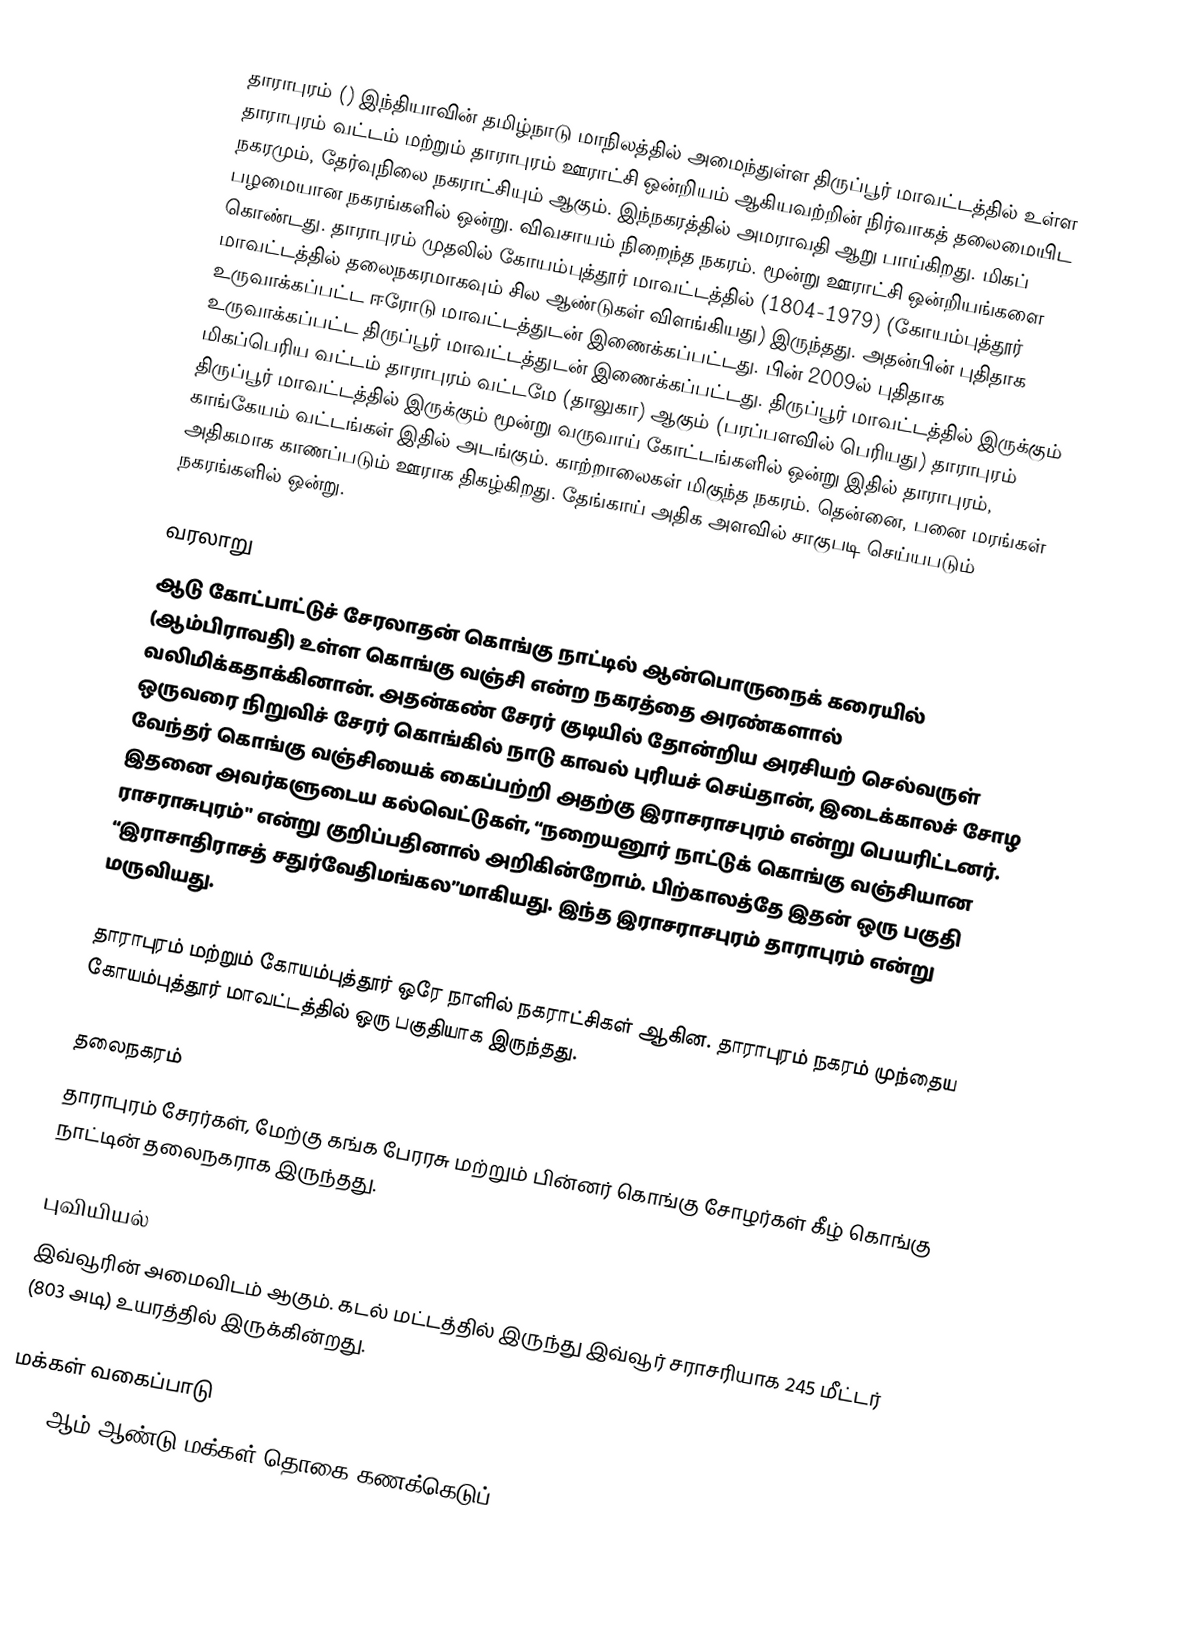
தாராபுரம் () இந்தியாவின் தமிழ்நாடு மாநிலத்தில் அமைந்துள்ள திருப்பூர் மாவட்டத்தில் உள்ள தாராபுரம் வட்டம் மற்றும் தாராபுரம் ஊராட்சி ஒன்றியம் ஆகியவற்றின் நிர்வாகத் தலைமையிட நகரமும், தேர்வுநிலை நகராட்சியும் ஆகும். இந்நகரத்தில் அமராவதி ஆறு பாய்கிறது. மிகப் பழமையான நகரங்களில் ஒன்று. விவசாயம் நிறைந்த நகரம். மூன்று ஊராட்சி ஒன்றியங்களை கொண்டது. தாராபுரம் முதலில் கோயம்புத்தூர் மாவட்டத்தில் (1804-1979) (கோயம்புத்தூர் மாவட்டத்தில் தலைநகரமாகவும் சில ஆண்டுகள் விளங்கியது) இருந்தது. அதன்பின் புதிதாக உருவாக்கப்பட்ட ஈரோடு மாவட்டத்துடன்   இணைக்கப்பட்டது. பின் 2009ல் புதிதாக உருவாக்கப்பட்ட திருப்பூர் மாவட்டத்துடன்  இணைக்கப்பட்டது. திருப்பூர் மாவட்டத்தில் இருக்கும் மிகப்பெரிய வட்டம் தாராபுரம் வட்டமே (தாலுகா) ஆகும் (பரப்பளவில் பெரியது) தாராபுரம் திருப்பூர் மாவட்டத்தில் இருக்கும் மூன்று வருவாய் கோட்டங்களில் ஒன்று இதில் தாராபுரம், காங்கேயம்  வட்டங்கள் இதில் அடங்கும். காற்றாலைகள் மிகுந்த நகரம். தென்னை, பனை மரங்கள் அதிகமாக காணப்படும் ஊராக திகழ்கிறது. தேங்காய் அதிக அளவில் சாகுபடி செய்யபடும் நகரங்களில் ஒன்று.

வரலாறு
ஆடு கோட்பாட்டுச் சேரலாதன் கொங்கு நாட்டில் ஆன்பொருநைக் கரையில் (ஆம்பிராவதி) உள்ள கொங்கு வஞ்சி என்ற நகரத்தை அரண்களால் வலிமிக்கதாக்கினான். அதன்கண் சேரர் குடியில் தோன்றிய அரசியற் செல்வருள் ஒருவரை நிறுவிச் சேரர் கொங்கில் நாடு காவல் புரியச் செய்தான், இடைக்காலச் சோழ வேந்தர் கொங்கு வஞ்சியைக் கைப்பற்றி அதற்கு இராசராசபுரம் என்று பெயரிட்டனர். இதனை அவர்களுடைய கல்வெட்டுகள், “நறையனூர் நாட்டுக் கொங்கு வஞ்சியான ராசராசுபுரம்" என்று குறிப்பதினால் அறிகின்றோம். பிற்காலத்தே இதன் ஒரு பகுதி “இராசாதிராசத் சதுர்வேதிமங்கல”மாகியது. இந்த இராசராசபுரம் தாராபுரம் என்று மருவியது.

தாராபுரம் மற்றும் கோயம்புத்தூர் ஒரே நாளில் நகராட்சிகள் ஆகின. தாராபுரம் நகரம் முந்தைய கோயம்புத்தூர் மாவட்டத்தில் ஒரு பகுதியாக இருந்தது.

தலைநகரம்
தாராபுரம் சேரர்கள், மேற்கு கங்க பேரரசு மற்றும் பின்னர் கொங்கு சோழர்கள் கீழ் கொங்கு நாட்டின் தலைநகராக இருந்தது.

புவியியல்
இவ்வூரின் அமைவிடம்  ஆகும். கடல் மட்டத்தில் இருந்து இவ்வூர் சராசரியாக 245 மீட்டர் (803 அடி) உயரத்தில் இருக்கின்றது.

மக்கள் வகைப்பாடு
2011-ஆம் ஆண்டு மக்கள் தொகை கணக்கெடுப்